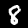
Label: 8